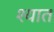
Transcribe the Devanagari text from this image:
श्यात